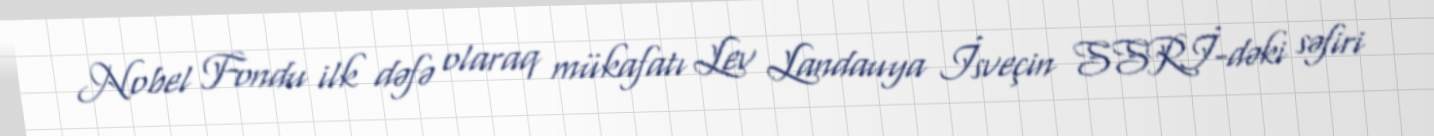
Nobel Fondu ilk dəfə olaraq mükafatı Lev Landauya İsveçin SSRİ-dəki səfiri